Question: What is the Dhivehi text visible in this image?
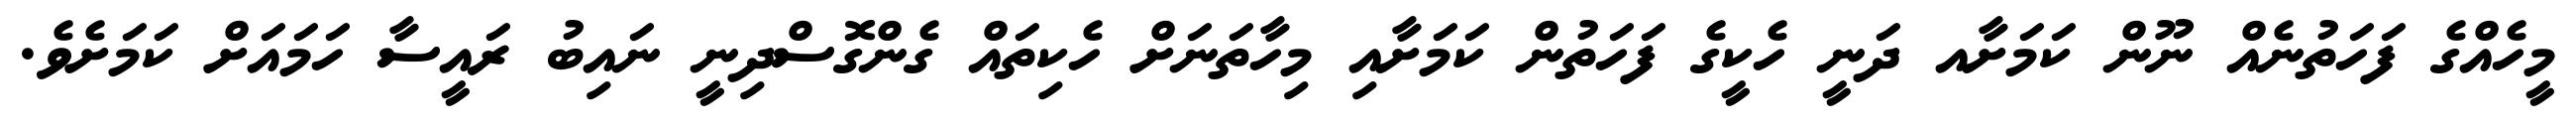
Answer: މީހެއްގެ ފަހަތުނެއް ނޫން ކަމަށާއ ދަނީ ހެކީގެ ފަހަތުން ކަމަށާއި މިހާތަނަށް ހެކިތައް ގެންގޮސްދިނީ ނައިބު ރައީސާ ހަމައަށް ކަމަށެވެ.